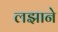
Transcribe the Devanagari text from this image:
लझाने